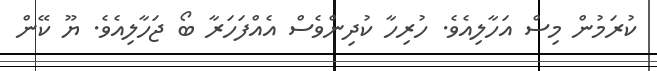
ކުރަމުން މިސް އަހާލިއެވެ. ހުރިހާ ކުދިންވެސް އެއްފަހަރާ ބޯ ޖަހާލިއެވެ. ޔޫ ކޭން